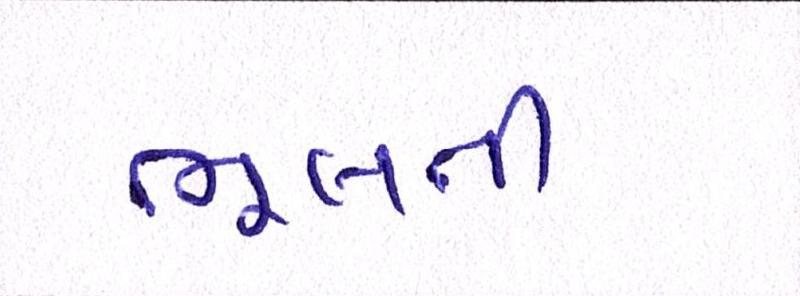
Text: ભૂલતી